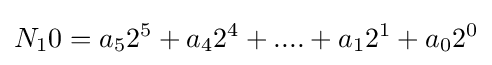
N_{1}0=a_{5}2^{5}+a_{4}2^{4}+....+a_{1}2^{1}+a_{0}2^{0}